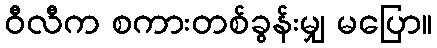
ဝီလီက စကားတစ်ခွန်းမျှ မပြော။